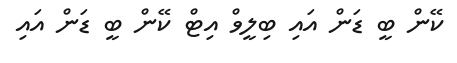
ކޭން ބީ ޑަން އައި ބިލީވް އިޓް ކޭން ބީ ޑަން އައި